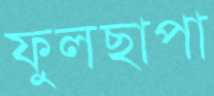
ফুলছাপা